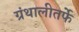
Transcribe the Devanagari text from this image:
ग्रंथालीतर्फे